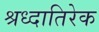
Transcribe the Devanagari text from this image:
श्रध्दातिरेक